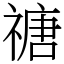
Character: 禟